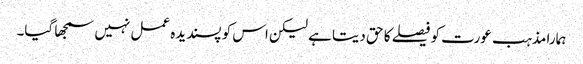
ہمارا مذہب عورت کو فیصلے کا حق دیتا ہے لیکن اس کو پسندیدہ عمل نہیں سمجھا گیا۔